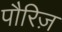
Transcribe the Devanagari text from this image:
पौरिज़